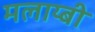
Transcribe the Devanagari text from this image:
मलाय्बी